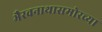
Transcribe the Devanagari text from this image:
भैरवनाथासमोरच्या